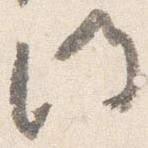
門